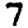
Digit: 7